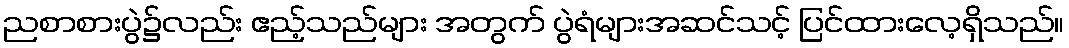
ညစာစားပွဲ၌လည်း ဧည့်သည်များ အတွက် ပွဲရံများအဆင်သင့် ပြင်ထားလေ့ရှိသည်။